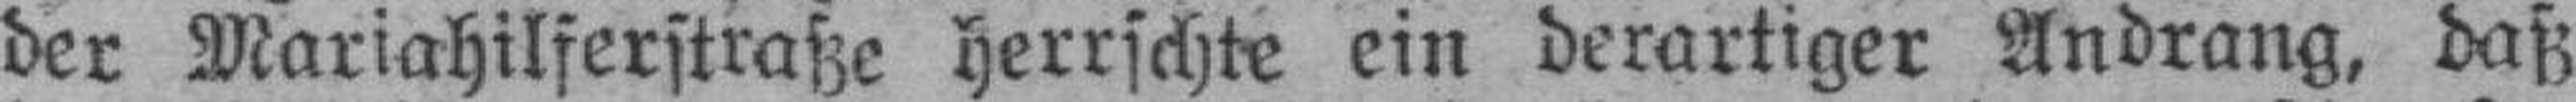
der Mariahilferstraße herrschte ein derartiger Andrang, daß